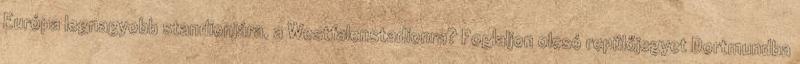
Európa legnagyobb standionjára, a Westfalenstadionra? Foglaljon olcsó repülőjegyet Dortmundba